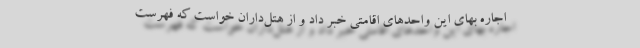
اجاره بهای این واحدهای اقامتی خبر داد و از هتل‌داران خواست که فهرست